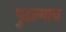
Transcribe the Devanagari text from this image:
पुढल्याच